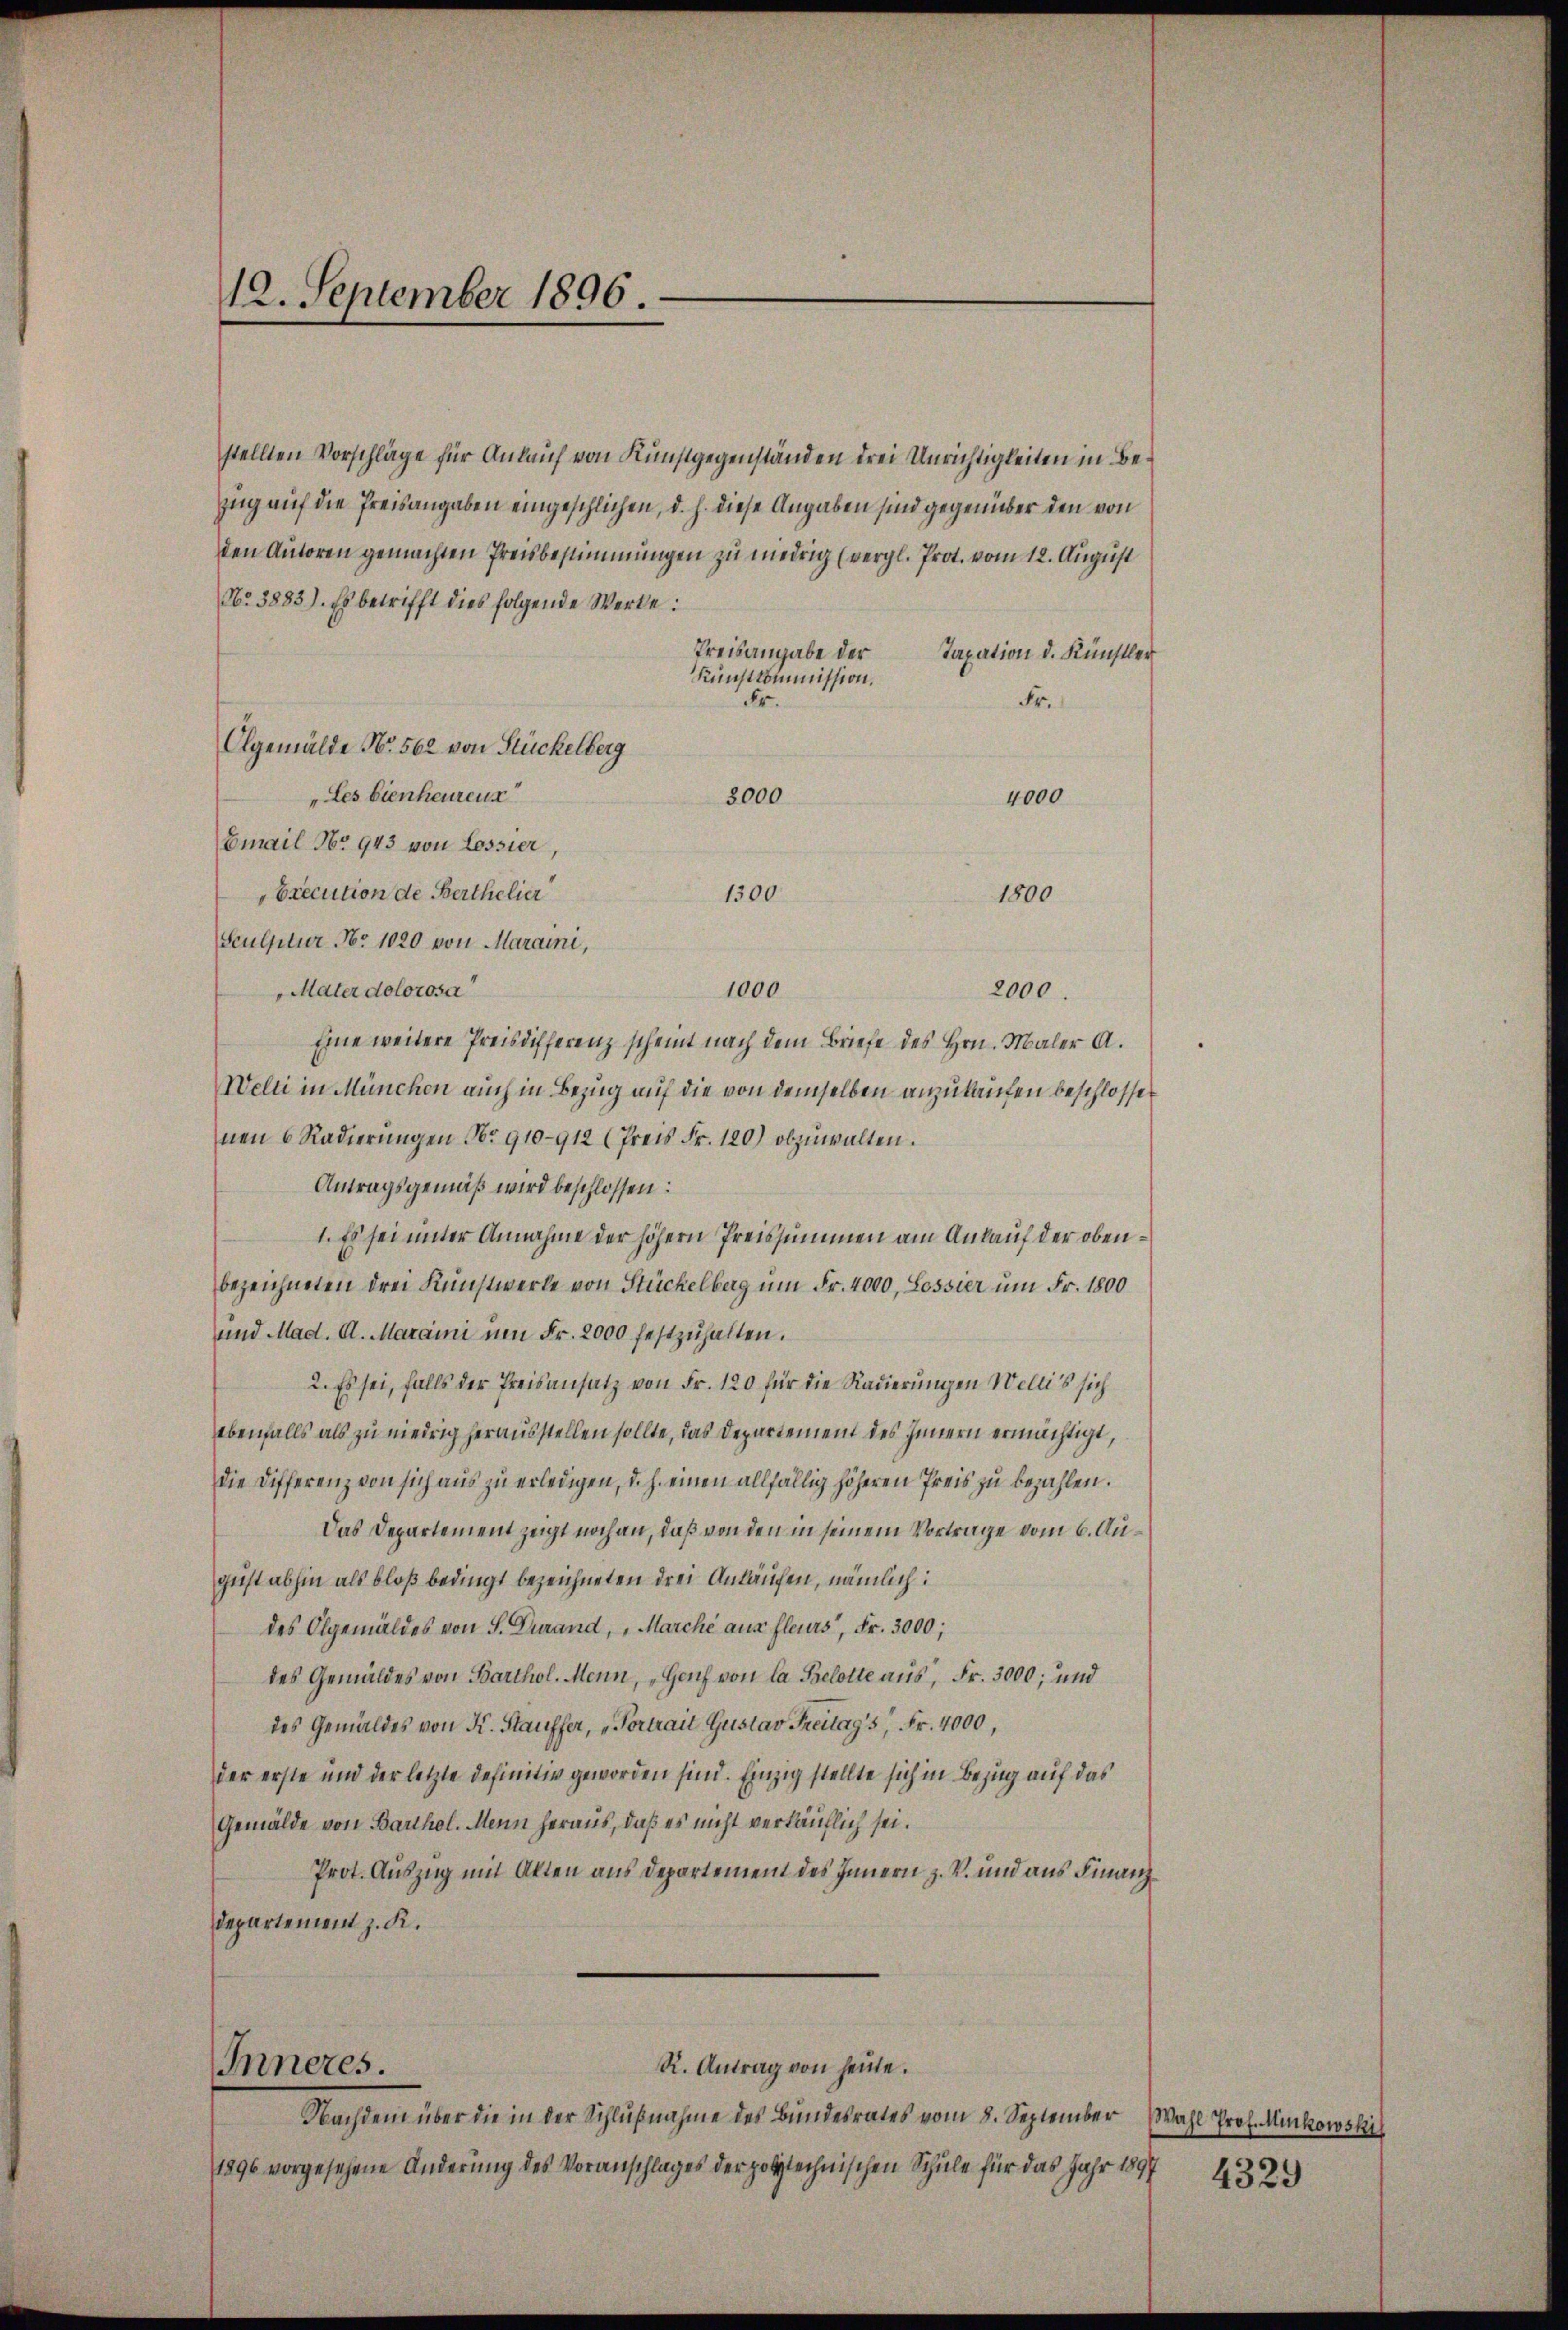
12. September 1896.

Inneres.

1300

stellten Vorschläge für Anlauf von Kunstgegenständen drei Unrichtigkeiten in Bezug auf die Preisangaben eingeschlichen, d. h. diese Angaben sind gegenüber den von
den Autoren gemachten Preisbestimmungen zu niedrig (vergl. Prot. vom 12. August
No. 3883). Es betrifft dies folgende Werke:
Preisangabe der
Taxation d. Künstler
Kunstkommission.
Fr.
Fr.
Algemälde No. 562 von Stückelberg
„Les bienheurenz
8000
4000
Email No 943 von Lossier,
Execution de Berthelier
1800
Sculptur No 1020 von Maraini,
Mater dolorosa
1000
2000.
Eine weitere Preisdifferenz scheint nach dem Briefe des Hrn. Maler A.
Welti in München auch in Bezug auf die von demselben anzukaufen beschlosse
nen 6 Radierungen Nr. 910-912 (Preis Fr. 120) abzuwalten.
Antragsgemäß wird beschlossen:
1. Es sei unter Annahme der höhern Preissummen am Ankauf der obenbezeichneten drei Kunstwerke von Stückelberg um Fr. 4000, Lossier um Fr. 1800
und Mad. A. Maraini um Fr. 2000 festzuhalten.
2. Es sei, falls der Preisansatz von Fr. 120 für die Radierungen Wellis sich
ebenfalls als zu niedrig herausstellen sollte, das Departement des Innern ermächtigt,
die Differenz von sich aus zu erledigen, d. h. einen allfällig höheren Preis zu bezahlen.
Das Departement zeigt noch an, daß von den in seinem Vortrage vom 6. August abhin als bloß bedingt bezeichneten drei Ankäufen, nämlich:
des Algemäldes von S. Durand, Marche aus fleurs, Fr. 3000;
des Gemäldes von Barthol. Menn, Genf von la Selotte aus, Fr. 3000; und
des Gemäldes von K. Stauffer, „Portrait Gustav Freitags, Fr. 4000,
der erste und der letzte definitiv geworden sind. Einzig stellte sich in Bezug auf das
Gemälde von Barthol. Mein heraus, daß es nicht verkäuflich sei.
Prot. Auszug mit Alten aus Departement des Innern z. V. und aus Finanzdepartement z. K.

R. Antrag von heute.

Nachdem über die in der Schlußnahme des Bundesrates vom 8. September
1896 vorgesehene Änderung des Voranschlages der polytechnischen Schule für das Jahr 1897

Wahl Prof. Munkowski

4329